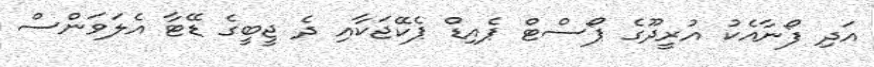
އަދި ފޯނާއެކު އުރީދޫގެ ޕޯސްޓް ޕެއިޑް ޕެކޭޖަކާއި ދެ ޖީބީގެ ޑޭޓާ އެލަވަންސް